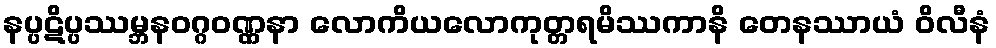
နပ္ပဋိပ္ပဿမ္ဘနဝဂ္ဂဝဏ္ဏနာ လောကိယလောကုတ္တရမိဿကာနိ တေနဿာယံ ဝိလီနံ